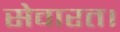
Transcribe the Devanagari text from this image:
सेवारत।